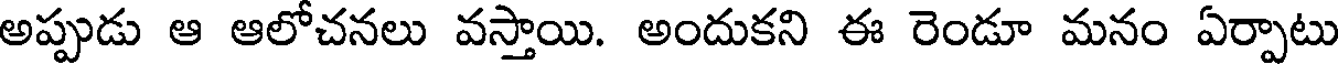
అప్పుడు ఆ ఆలోచనలు వస్తాయి. అందుకని ఈ రెండూ మనం ఏర్పాటు